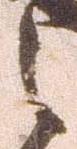
之